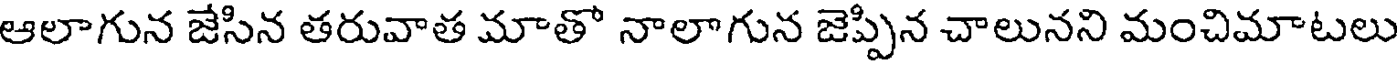
ఆలాగున జేసిన తరువాత మాతో నాలాగున జెప్పిన చాలునని మంచిమాటలు